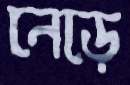
নেড়ে